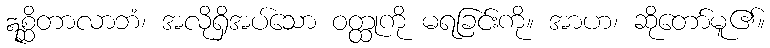
ဣစ္ဆိတာလာဘံ၊ အလိုရှိအပ်သော ဝတ္ထုကို မရခြင်းကို။ အာဟ၊ ဆိုတော်မူ၏။